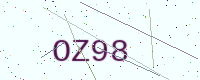
Text: OZ98